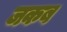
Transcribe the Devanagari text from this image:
जकब